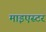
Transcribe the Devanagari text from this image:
माइएस्टर